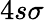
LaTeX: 4s\sigma